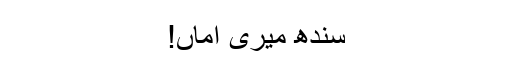
سندھ میری اماں!